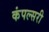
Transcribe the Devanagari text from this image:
कंपल्सरी